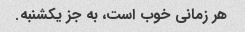
هر زمانی خوب است، به جز یکشنبه.